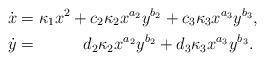
LaTeX: \begin{align*}\dot{x} &= \kappa_1 x^2 + c_2\kappa_2 x^{a_2}y^{b_2} + c_3\kappa_3 x^{a_3}y^{b_3}, \\\dot{y} &= \phantom{\kappa_1 x^2 +} d_2\kappa_2 x^{a_2}y^{b_2} + d_3\kappa_3 x^{a_3}y^{b_3}.\end{align*}